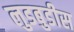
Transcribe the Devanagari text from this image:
लुडबुडीस